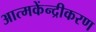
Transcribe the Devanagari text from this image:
आत्मकेंन्द्रीकरण